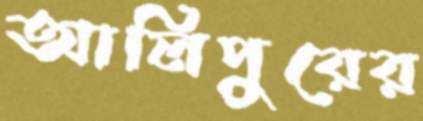
আলিপুরের